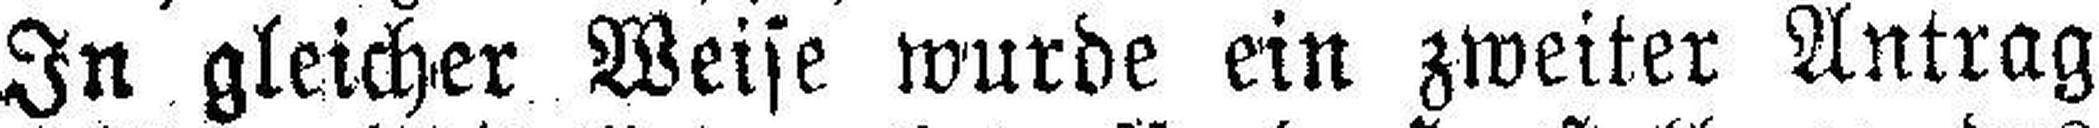
In gleicher Weise wurde ein zweiter Antrag